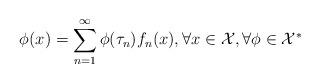
LaTeX: \begin{align*}\phi(x)=\sum_{n=1}^{\infty}\phi(\tau_n)f_n(x), \forall x \in \mathcal{X}, \forall \phi \in \mathcal{X}^*\end{align*}